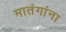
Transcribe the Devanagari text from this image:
मातंगांना